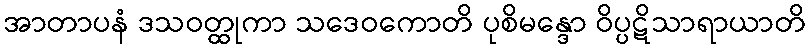
အာတာပနံ ဒသဝတ္ထုကာ သဒေဝကောတိ ပုစိမန္ဒော ဝိပ္ပဋိသာရာယာတိ